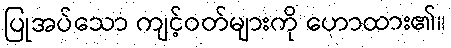
ပြုအပ်သော ကျင့်ဝတ်များကို ဟောထား၏။